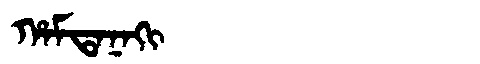
Manchu: ᡥᠠᠮᡨᠠᠨᠠᡴᡳ
Romanization: HAMTANAKI